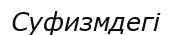
Суфизмдегі